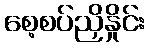
စေ့စပ်ညှိနှိုင်း